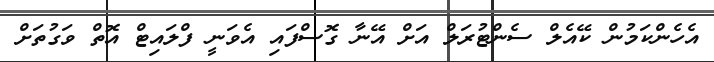
އެހެންކަމުން ކޭއެލް ސެންޓުރަލް އަށް އޭނާ ގޮސްފައި އެވަނީ ފްލައިޓް އޮތް ވަގުތަށް